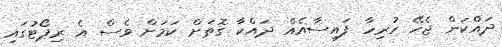
ދައްކަން ޖެހޭ ހުރިހާ ފައިސާއެއް ދައްކާ ގޮތަށް ކަމަށް ވެސް އެ ރިޕޯޓުގައި